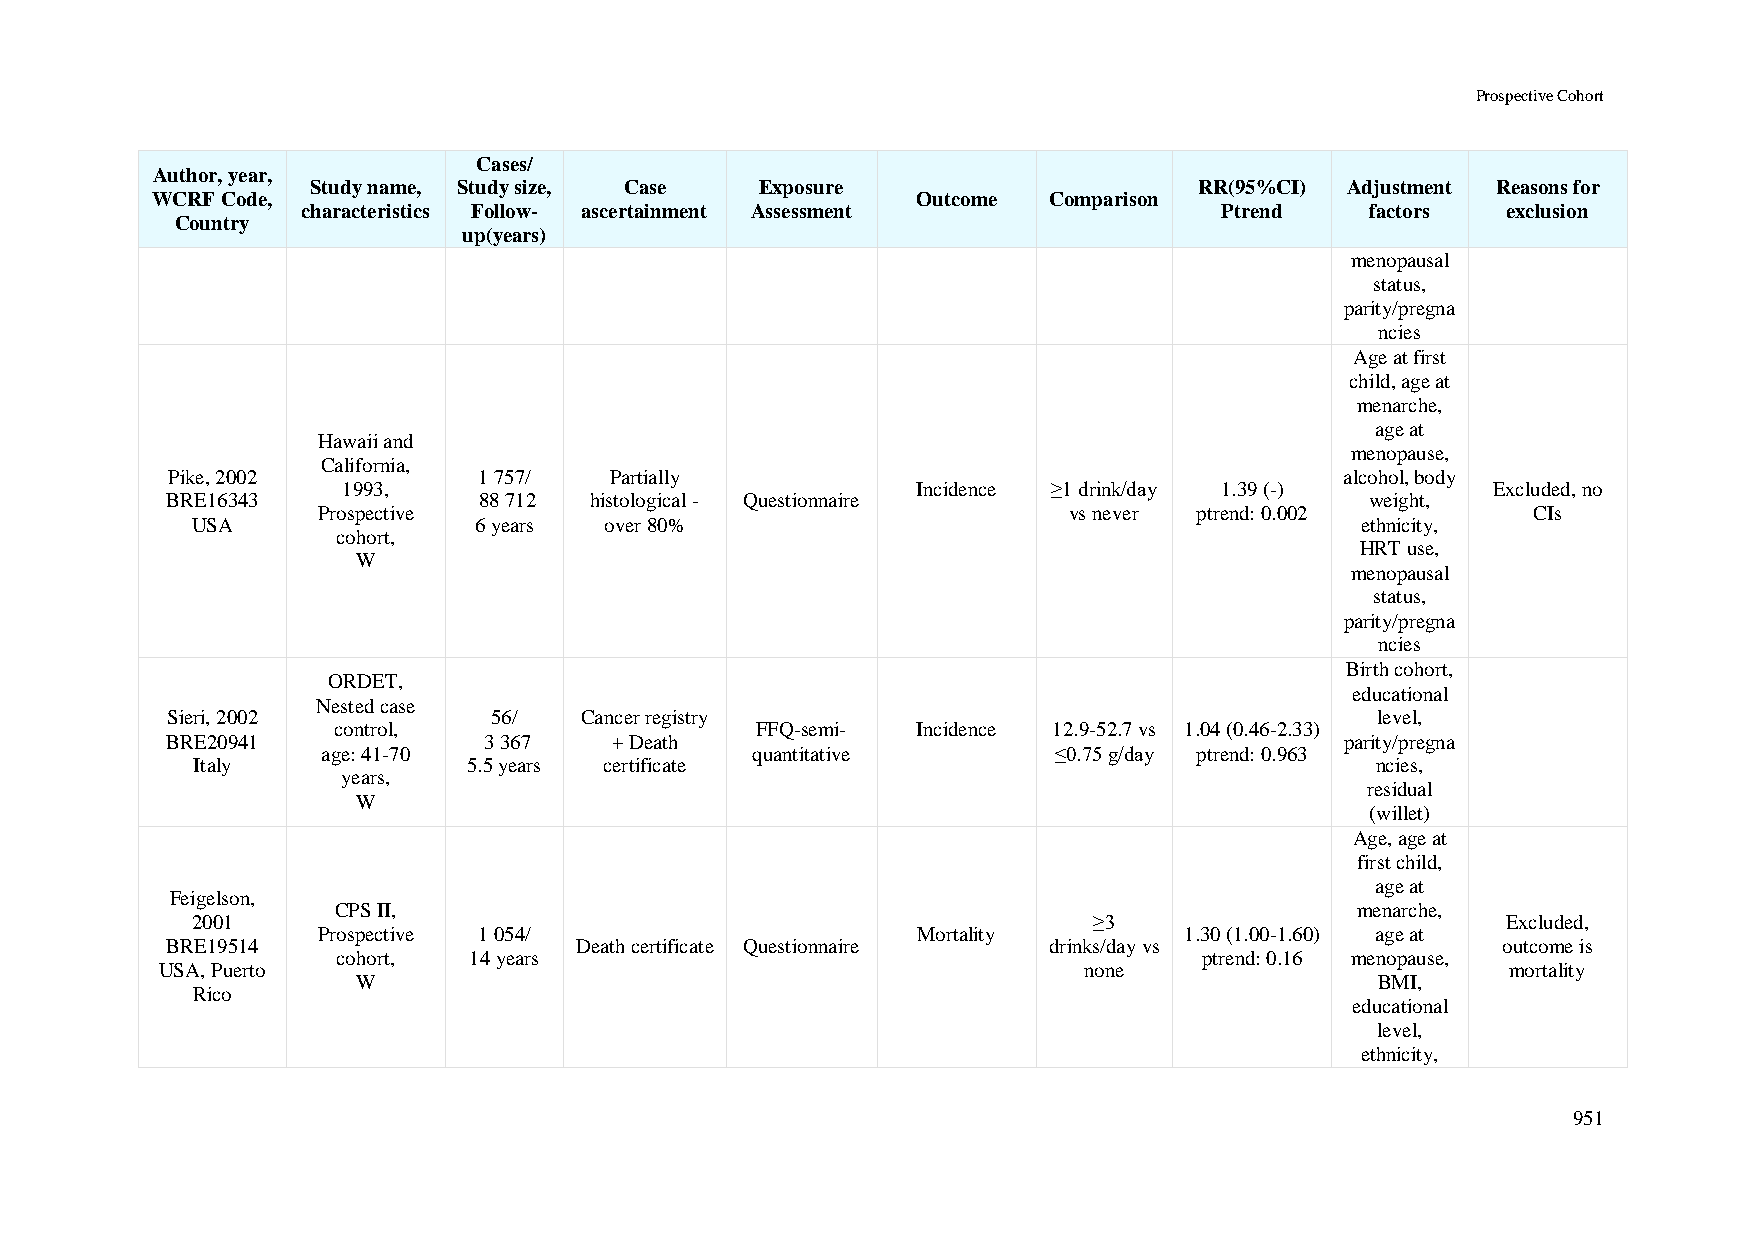
Prospective Cohort
 Cases/
 Author, year,
 Study name, Study size, Case Exposure                     RR(95%CI) Adjustment Reasons for
 WCRF Code,                                         Outcome Comparison
 characteristics Follow- ascertainment Assessment             Ptrend    factors  exclusion
 Country
 up(years)
 menopausal
 status,
 parity/pregna
 ncies
 Age at first
 child, age at
 menarche,
 age at
 Hawaii and
 menopause,
 California,
 Pike, 2002           1 757/  Partially                                        alcohol, body
 1993,                                 Incidence ≥1 drink/day 1.39 (-)       Excluded, no
 BRE16343             88 712 histological - Questionnaire                        weight,
 Prospective                                       vs never ptrend: 0.002        CIs
 USA               6 years  over 80%                                          ethnicity,
 cohort,
 HRT use,
 W
 menopausal
 status,
 parity/pregna
 ncies
 Birth cohort,
 ORDET,
 educational
 Nested case
 Sieri, 2002           56/  Cancer registry                                      level,
 control,                    FFQ-semi-  Incidence 12.9-52.7 vs 1.04 (0.46-2.33)
 BRE20941             3 367   + Death                                          parity/pregna
 age: 41-70                   quantitative        ≤0.75 g/day ptrend: 0.963
 Italy             5.5 years certificate                                       ncies,
 years,
 residual
 W
 (willet)
 Age, age at
 first child,
 age at
 Feigelson,
 CPS II,                                                             menarche,
 2001                                                       ≥3                          Excluded,
 Prospective 1 054/                      Mortality        1.30 (1.00-1.60) age at
 BRE19514                   Death certificate Questionnaire drinks/day vs                outcome is
 cohort,  14 years                                         ptrend: 0.16 menopause,
 USA, Puerto                                                  none                        mortality
 W                                                                  BMI,
 Rico
 educational
 level,
 ethnicity,
 951